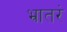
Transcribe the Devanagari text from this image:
भ्रातरं